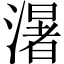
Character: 濐